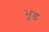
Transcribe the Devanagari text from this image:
भूंड